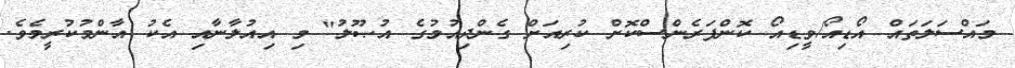
މައްސަލަތައް އޯޑިއޯ/ވީޑިއޯ ކޮންފަރެންސްކޮށް ކުރިއަށް ގެންދިއުމުގެ އުޞޫލު" މި އިއުލާނާއި އެކު އާންމުކުރީމެވެ.